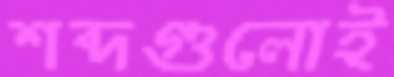
শব্দগুলোই